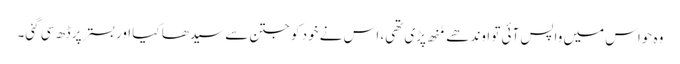
وہ حواس میں واپس آئی تو اوندھے مُنھ پڑی تھی، اس نے خود کو جتن سے سیدھا کیا اوربستر پر ڈھ سی گئی۔